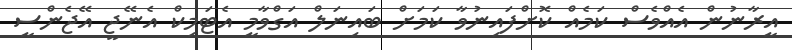
އީރާނުން އެއްވެސް ކަމެއް ކޮށްފައިނުވާ ކަމަށް ބައިނަލް އަގްވާމީ އެޓަމިކް އެނޭޖީ އޭޖެންސީ